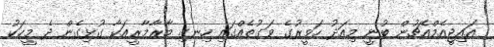
އައިޖީއެމްއެޗުން ބުނީ މިއަދު ހަވީރުގެ ވަގުތެއްގައި ހިނގި މާރާމާރީއަކާ ގުޅިގެން ދެ މީހަކު